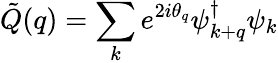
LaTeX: {\tilde{Q}}(q)=\sum_{k}e^{2i\theta_{q}}\psi_{k+q}^{\dagger}\psi_{k}